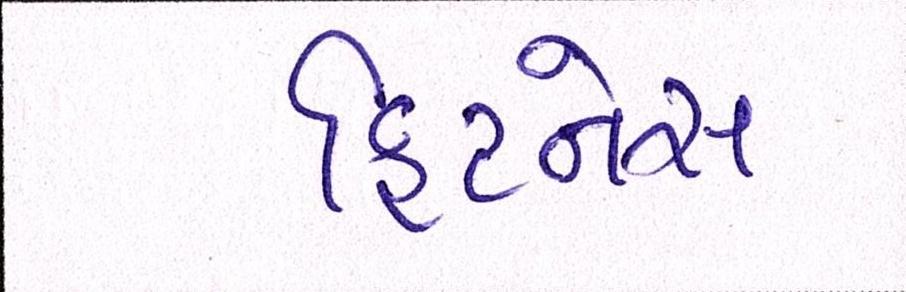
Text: ફિટનેસ